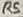
Text: R5